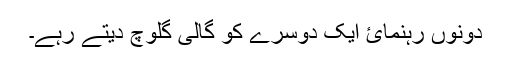
دونوں رہنمائ ایک دوسرے کو گالی گلوچ دیتے رہے۔